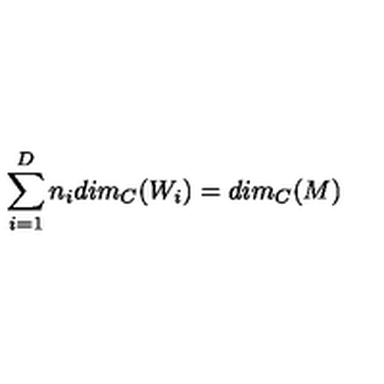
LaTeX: \sum _ { i = 1 } ^ { D } n _ { i } d i m _ { C } ( W _ { i } ) = d i m _ { C } ( M )